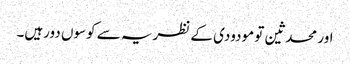
اور محدثین تو مودودی کے نظریہ سے کوسوں دورہیں۔